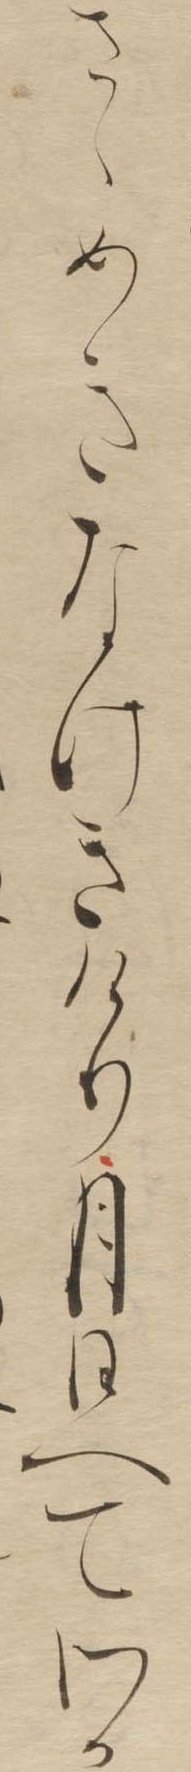
さゝめきなけきけり月日へてわか